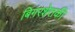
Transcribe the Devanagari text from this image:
बिगरशेतकी